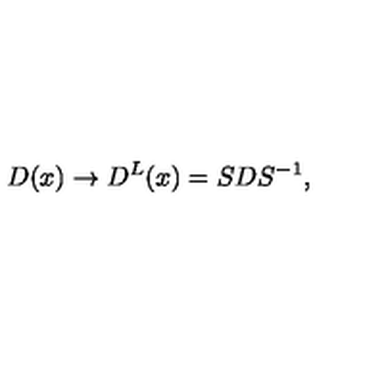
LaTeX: D ( x ) \rightarrow D ^ { L } ( x ) = S D S ^ { - 1 } ,